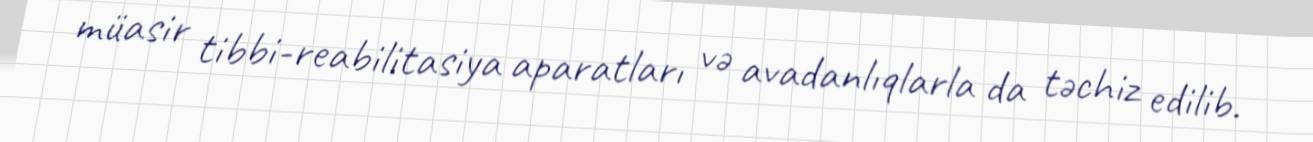
müasir tibbi-reabilitasiya aparatları və avadanlıqlarla da təchiz edilib.